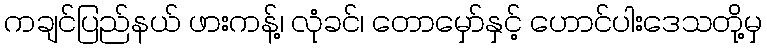
ကချင်ပြည်နယ် ဖားကန့်၊ လုံခင်၊ တောမှော်နှင့် ဟောင်ပါးဒေသတို့မှ